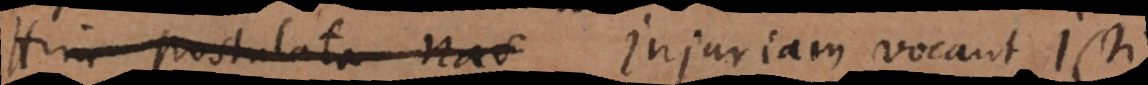
Hinc postulata nas Injuriam vocant